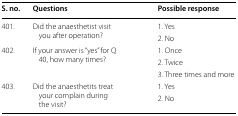
<table><thead><tr><td><b>S. no.</b></td><td><b>Questions</b></td><td><b>Possible response</b></td></tr></thead><tbody><tr><td rowspan="2">401.</td><td rowspan="2">Did the anaesthetist visit you after operation?</td><td>1. Yes</td></tr><tr><td>2. No</td></tr><tr><td rowspan="3">402.</td><td rowspan="3">If your answer is “yes” for Q 40, how many times?</td><td>1. Once</td></tr><tr><td>2. Twice</td></tr><tr><td>3. Three times and more</td></tr><tr><td rowspan="2">403.</td><td rowspan="2">Did the anaesthetits treat your complain during the visit?</td><td>1. Yes</td></tr><tr><td>2. No</td></tr></tbody></table>